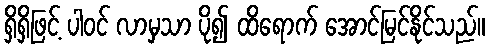
ရှိရှိဖြင့် ပါဝင် လာမှသာ ပို၍ ထိရောက် အောင်မြင်နိုင်သည်။